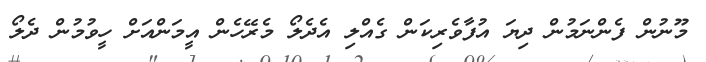
މޫނުން ފެންނަމުން ދިޔަ އުފާވެރިކަން ގެއްލި އެދެލޯ މެރޭހެން އީމަންއަށް ހީވުމުން ދެލޯ